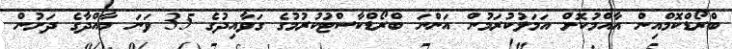
ބްރޯޑްކޮމްއިން އާއްމުކޮށް އަމަލުކުރަމުން އަންނަ ބްރޯޑްކާސްޓުކުރުމުގެ ގަވާއިދުގެ 35 ވަނަ މާއްދާގެ ދަށުން